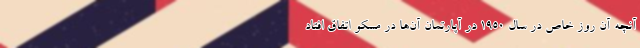
آنچه آن روزِ خاص در سال ۱۹۵۰ در آپارتمانِ آن‌ها در مسکو اتفاق افتاد